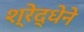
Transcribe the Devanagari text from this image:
श्रेद्धेने